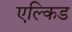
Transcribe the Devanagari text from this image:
एल्किड